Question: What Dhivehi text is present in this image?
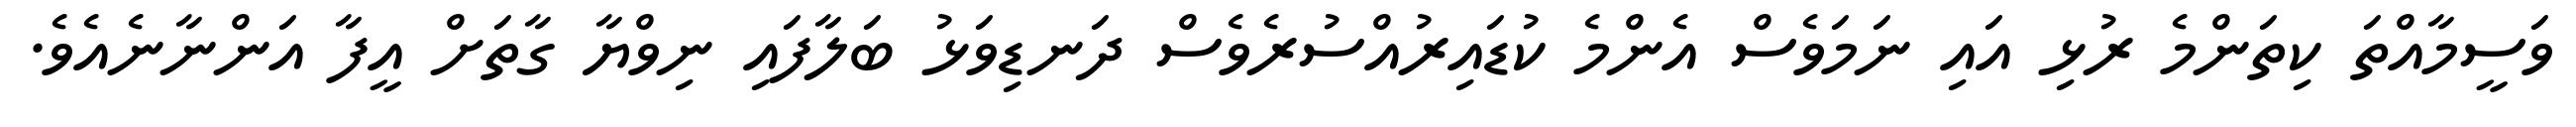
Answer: ވަސީމާއްތަ ކިތަންމެ ރުޅި އައި ނަމަވެސް އެންމެ ކުޑައިރުއްސުރެވެސް ދަނޑިވަޅު ބަލާފައި ނިވްޔާ ގާތަށް އީފާ އަންނާނެއެވެ.